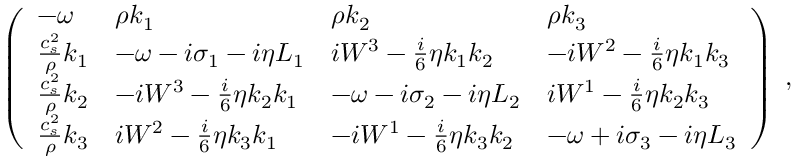
\left( \begin{array} { l l l l } { - { \omega } } & { \rho k _ { 1 } } & { \rho k _ { 2 } } & { \rho k _ { 3 } } \\ { \frac { c _ { s } ^ { 2 } } { \rho } k _ { 1 } } & { - { \omega } - i \sigma _ { 1 } - i \eta L _ { 1 } } & { i W ^ { 3 } - \frac { i } { 6 } \eta k _ { 1 } k _ { 2 } } & { - i W ^ { 2 } - \frac { i } { 6 } \eta k _ { 1 } k _ { 3 } } \\ { \frac { c _ { s } ^ { 2 } } { \rho } k _ { 2 } } & { - i W ^ { 3 } - \frac { i } { 6 } \eta k _ { 2 } k _ { 1 } } & { - { \omega } - i \sigma _ { 2 } - i \eta L _ { 2 } } & { i W ^ { 1 } - \frac { i } { 6 } \eta k _ { 2 } k _ { 3 } } \\ { \frac { c _ { s } ^ { 2 } } { \rho } k _ { 3 } } & { i W ^ { 2 } - \frac { i } { 6 } \eta k _ { 3 } k _ { 1 } } & { - i W ^ { 1 } - \frac { i } { 6 } \eta k _ { 3 } k _ { 2 } } & { - { \omega } + i \sigma _ { 3 } - i \eta L _ { 3 } } \end{array} \right) \; ,